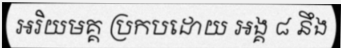
អរិយមគ្គ ប្រកបដោយ អង្គ ៨ នឹង